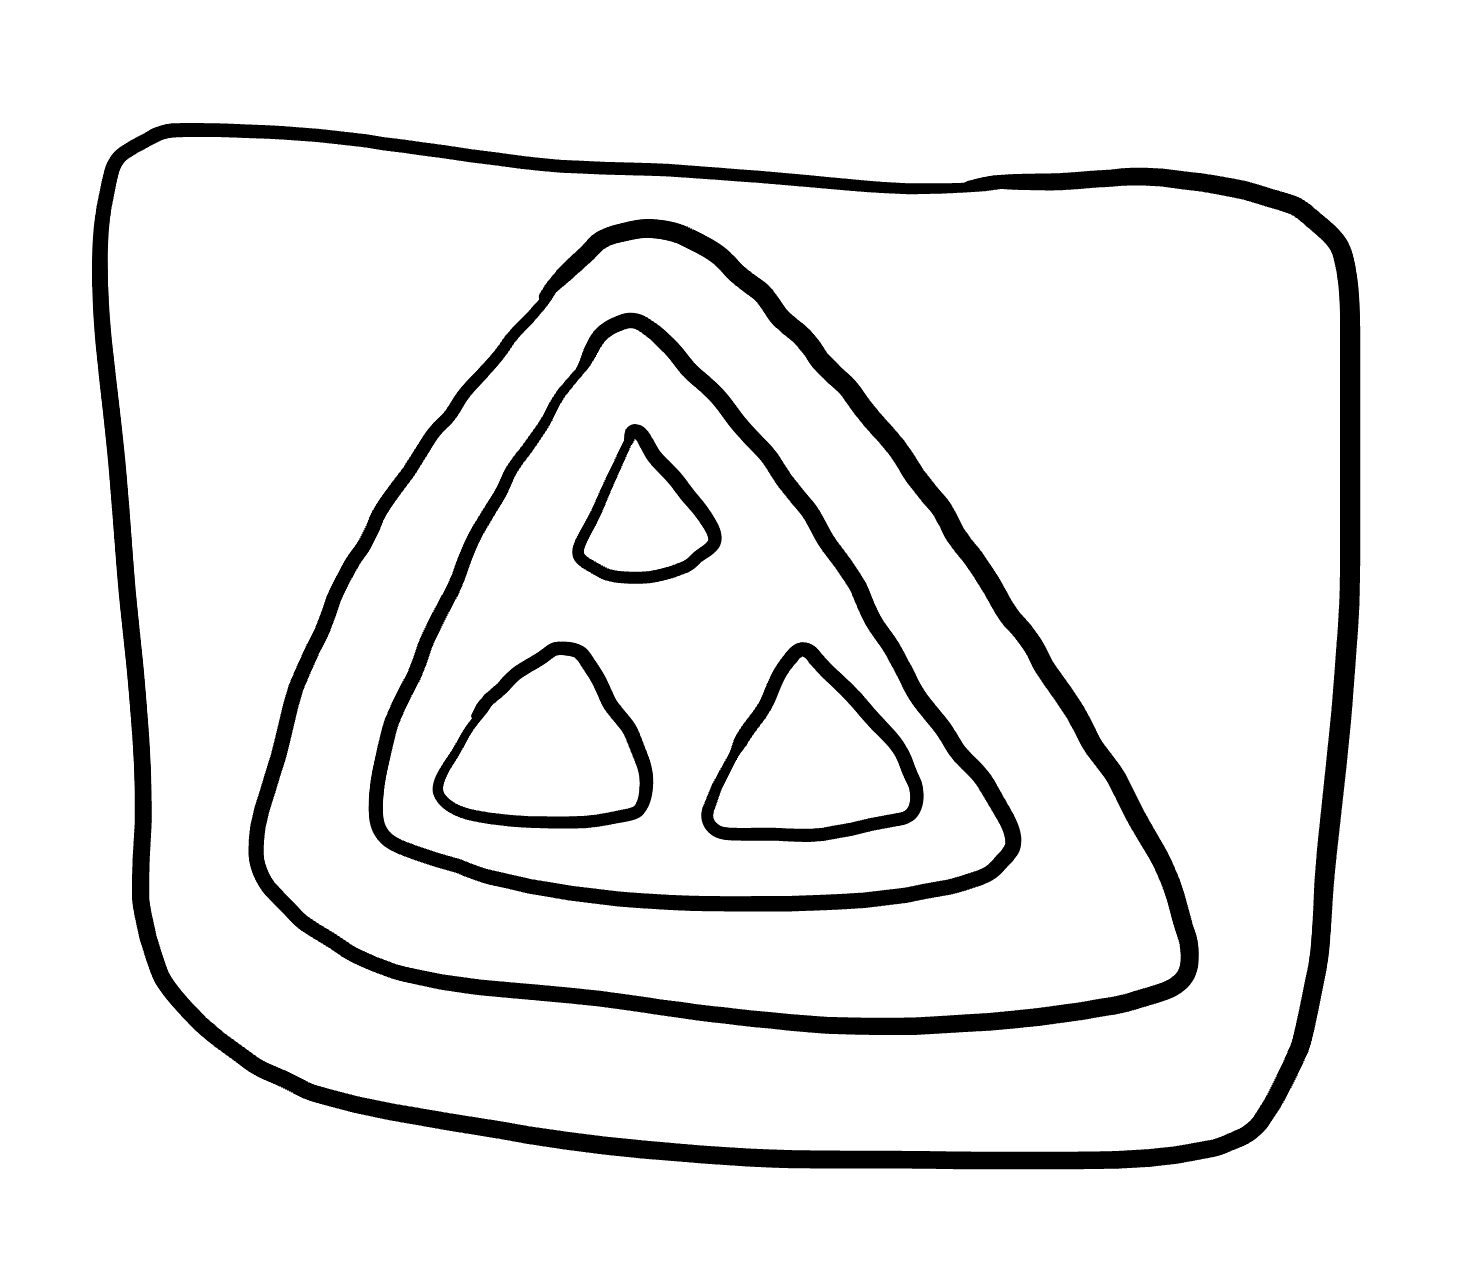
Number of regions (including the outer root region): 7
Containment tree edges (parent, child): 0, 1, 1, 2, 2, 3, 3, 4, 3, 5, 3, 6